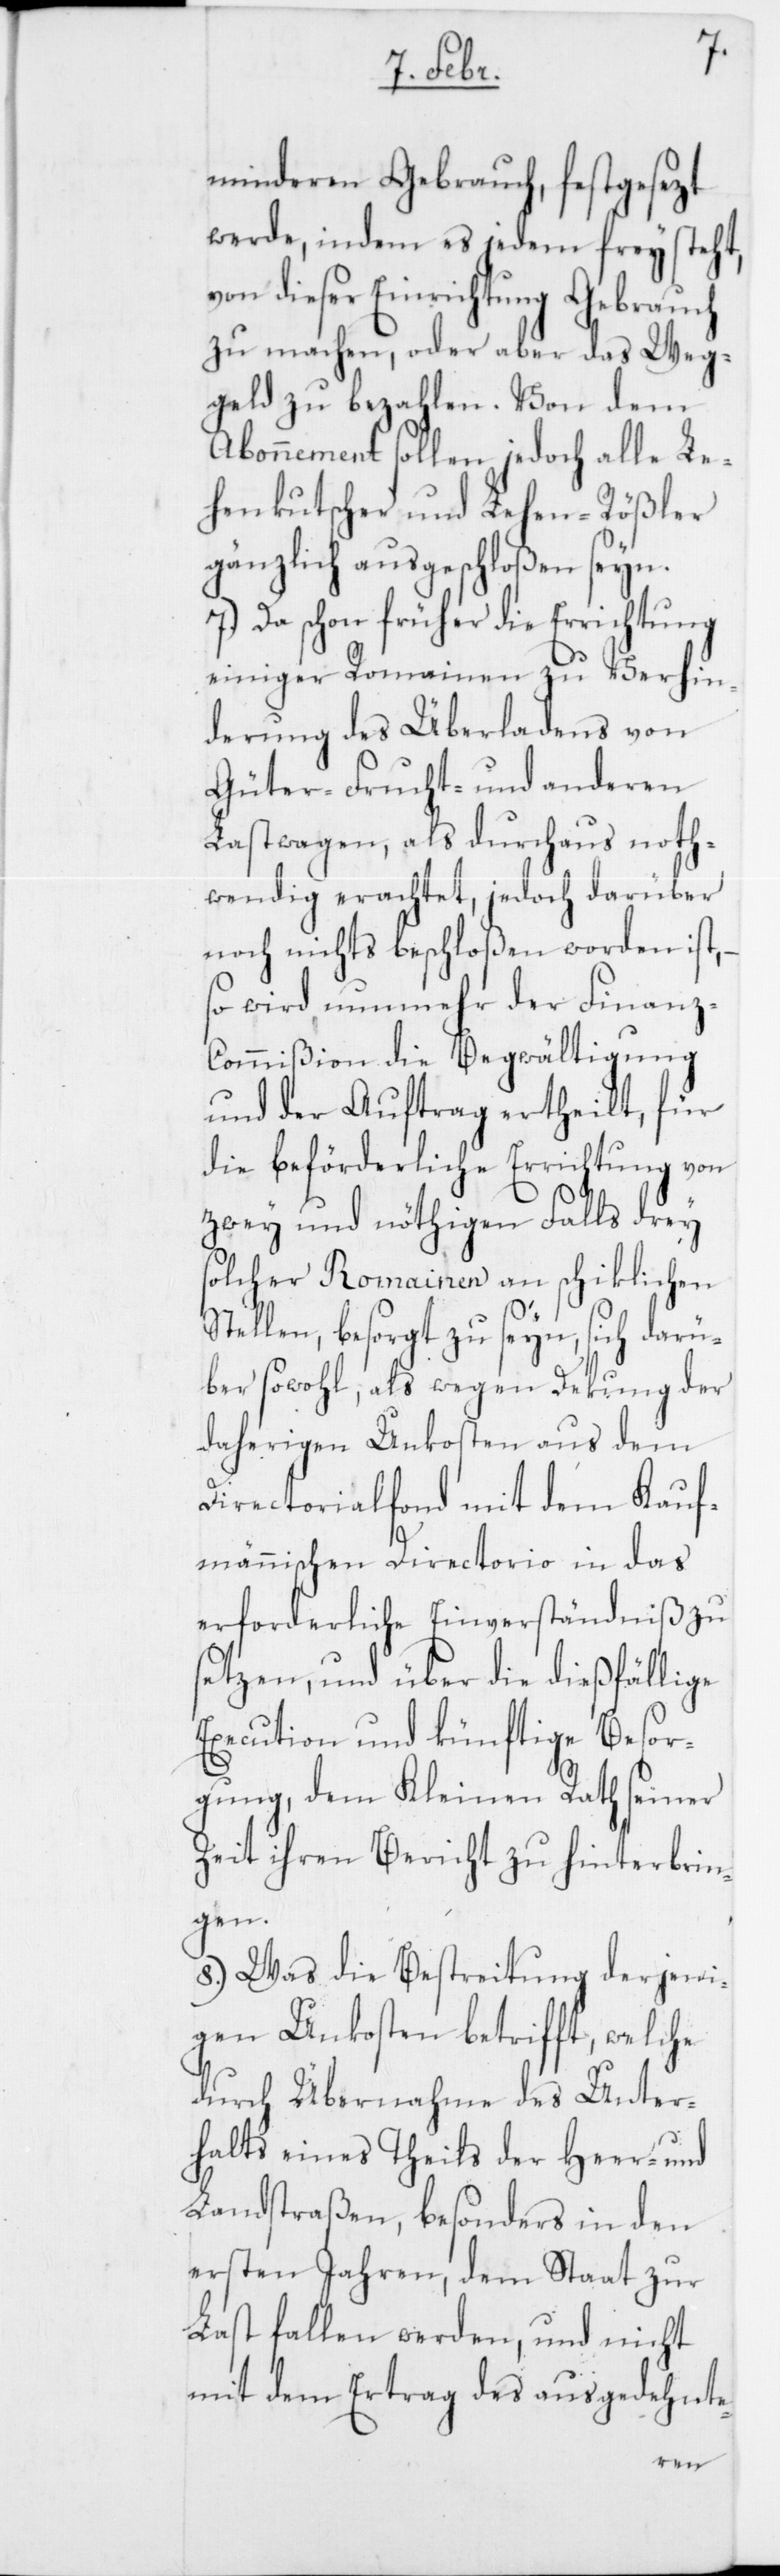
minderen Gebrauch, festgesezt
werde, indem es jedem freysteht,
von dieser Einrichtung Gebrauch
zu machen, oder aber das Weg¬
geld zu bezahlen. Von dem
Abonnement sollen jedoch alle Le¬
henkutscher und Lehen-Rößler
gänzlich ausgeschloßen seyn.
7.) Da schon früher die Errichtung
einiger Romainen zu Verhin¬
derung des Überladens von
Güter-[,] Frucht- und anderen
Lastwagen, als durchaus noth¬
wendig erachtet, jedoch darüber
noch nichts beschloßen worden ist,
so wird nunmehr der Finanz¬
commißion die Begwältigung
und der Auftrag ertheilt, für
die beförderliche Errichtung von
zwey und nöthigen Falls drey
solcher Romainen an schiklichen
Stellen, besorgt zu seyn, sich darü¬
ber sowohl, als wegen Dekung der
daherigen Unkosten aus dem
Directorialfonds mit dem kauf¬
männischen Directorio in das
erforderliche Einverständniß zu
setzen, und über die dießfällige
Execution und künftige Besor¬
gung, dem Kleinen Rath seiner
Zeit ihren Bericht zu hinterbrin¬
gen.
8.) Was die Bestreitung derjeni¬
gen Unkosten betrifft, welche
durch Übernahme des Unter¬
halts eines Theils der Heer- und
Landstraßen, besonders in den
ersten Jahren, dem Staat zur
Last fallen werden, und nicht
mit dem Ertrag des ausgedehnte-